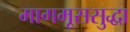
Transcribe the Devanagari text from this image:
मागमूससुद्धा